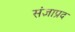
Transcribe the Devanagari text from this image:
संज्ञाप्रद